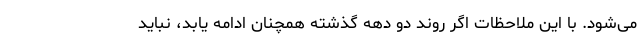
می‌شود. با این ملاحظات اگر روند دو دهه گذشته همچنان ادامه یابد، نباید